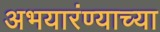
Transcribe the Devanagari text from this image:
अभयारंण्याच्या